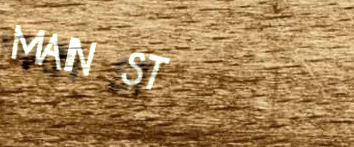
MAIN ST